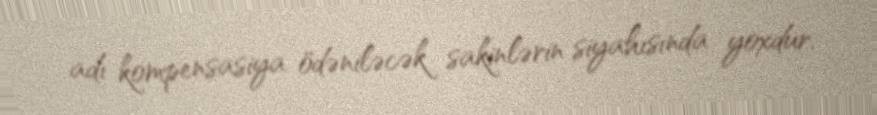
adı kompensasiya ödəniləcək sakinlərin siyahısında yoxdur.